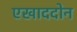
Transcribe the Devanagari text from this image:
एखाददोन